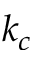
k _ { c }